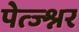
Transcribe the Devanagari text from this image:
पेत्ज्श्नर